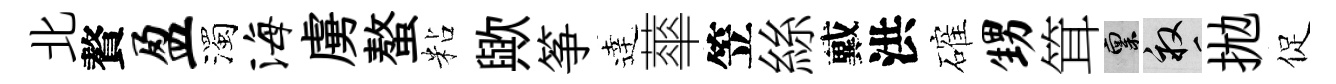
北贅盈濁海虜螯粘歟筝逹蕐笠絲戴洪確甥䇯禀畝拋促